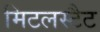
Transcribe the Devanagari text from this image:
मिटलस्टैट